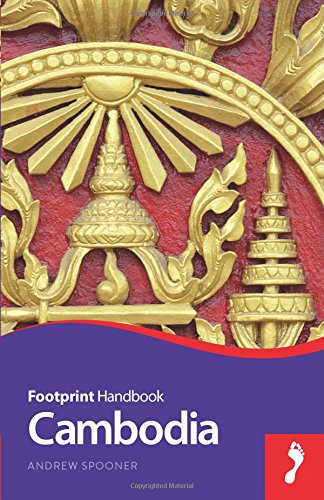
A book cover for Cambodia Handbook (Footprint - Handbooks); Andrew Spooner; Travel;